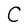
Character: C